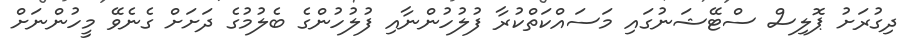
ދިގުރަށު ޕޮލިސް ސްޓޭޝަނުގައި މަސައްކަތްކުރާ ފުލުހުންނާއި ފުލުހުންގެ ބެލުމުގެ ދަށަށް ގެނެވޭ މީހުންނަށް